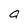
Character: g